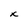
Character: x